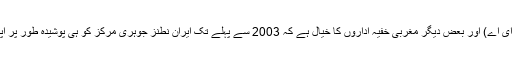
عالمی جوہری ادارے ‘انٹرنیشنل اٹامک انرجی ایجنسی’ (آئی اے ای اے) اور بعض دیگر مغربی خفیہ اداروں کا خیال ہے کہ 2003 سے پہلے تک ایران نطنز جوہری مرکز کو ہی پوشیدہ طور پر اپنے جوہری ہتھیاروں کے پروگرام کے لیے استعمال کر رہا تھا۔